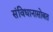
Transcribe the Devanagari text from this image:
संविधानासोबत